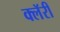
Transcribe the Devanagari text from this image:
क्लॅरी